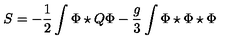
S = - \frac { 1 } { 2 } \int \Phi \star Q \Phi - \frac { g } { 3 } \int \Phi \star \Phi \star \Phi